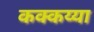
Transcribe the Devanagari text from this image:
कक्कय्या